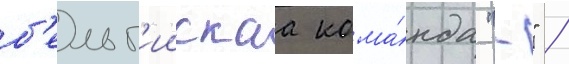
б'ельг'иискаа кома́нда "-" /